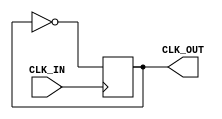
module dev2(
input wire CLK_IN,
output CLK_OUT
);

reg CLK=0;
assign CLK_OUT=CLK;

always @(posedge CLK_IN)
begin
	CLK=!CLK;
end 
endmodule